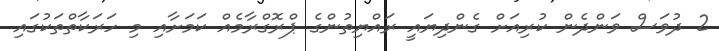
2 ދުވަސް ވަންދެން ކުރިއަށް ގެންދިޔައީ ރައްޔިތުންގެ ޕްރޮގްރާމެއް ކަމަށާއި މި ހަރަކާތްތަކުގައި